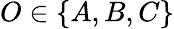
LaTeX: O\in\{ A,B,C\}